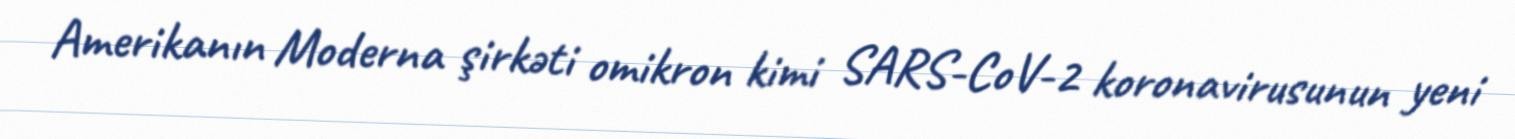
Amerikanın Moderna şirkəti omikron kimi SARS-CoV-2 koronavirusunun yeni